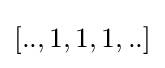
[..,1,1,1,..]